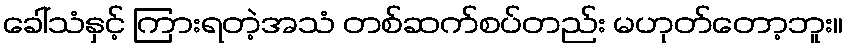
ခေါ်သံနှင့် ကြားရတဲ့အသံ တစ်ဆက်စပ်တည်း မဟုတ်တော့ဘူး။